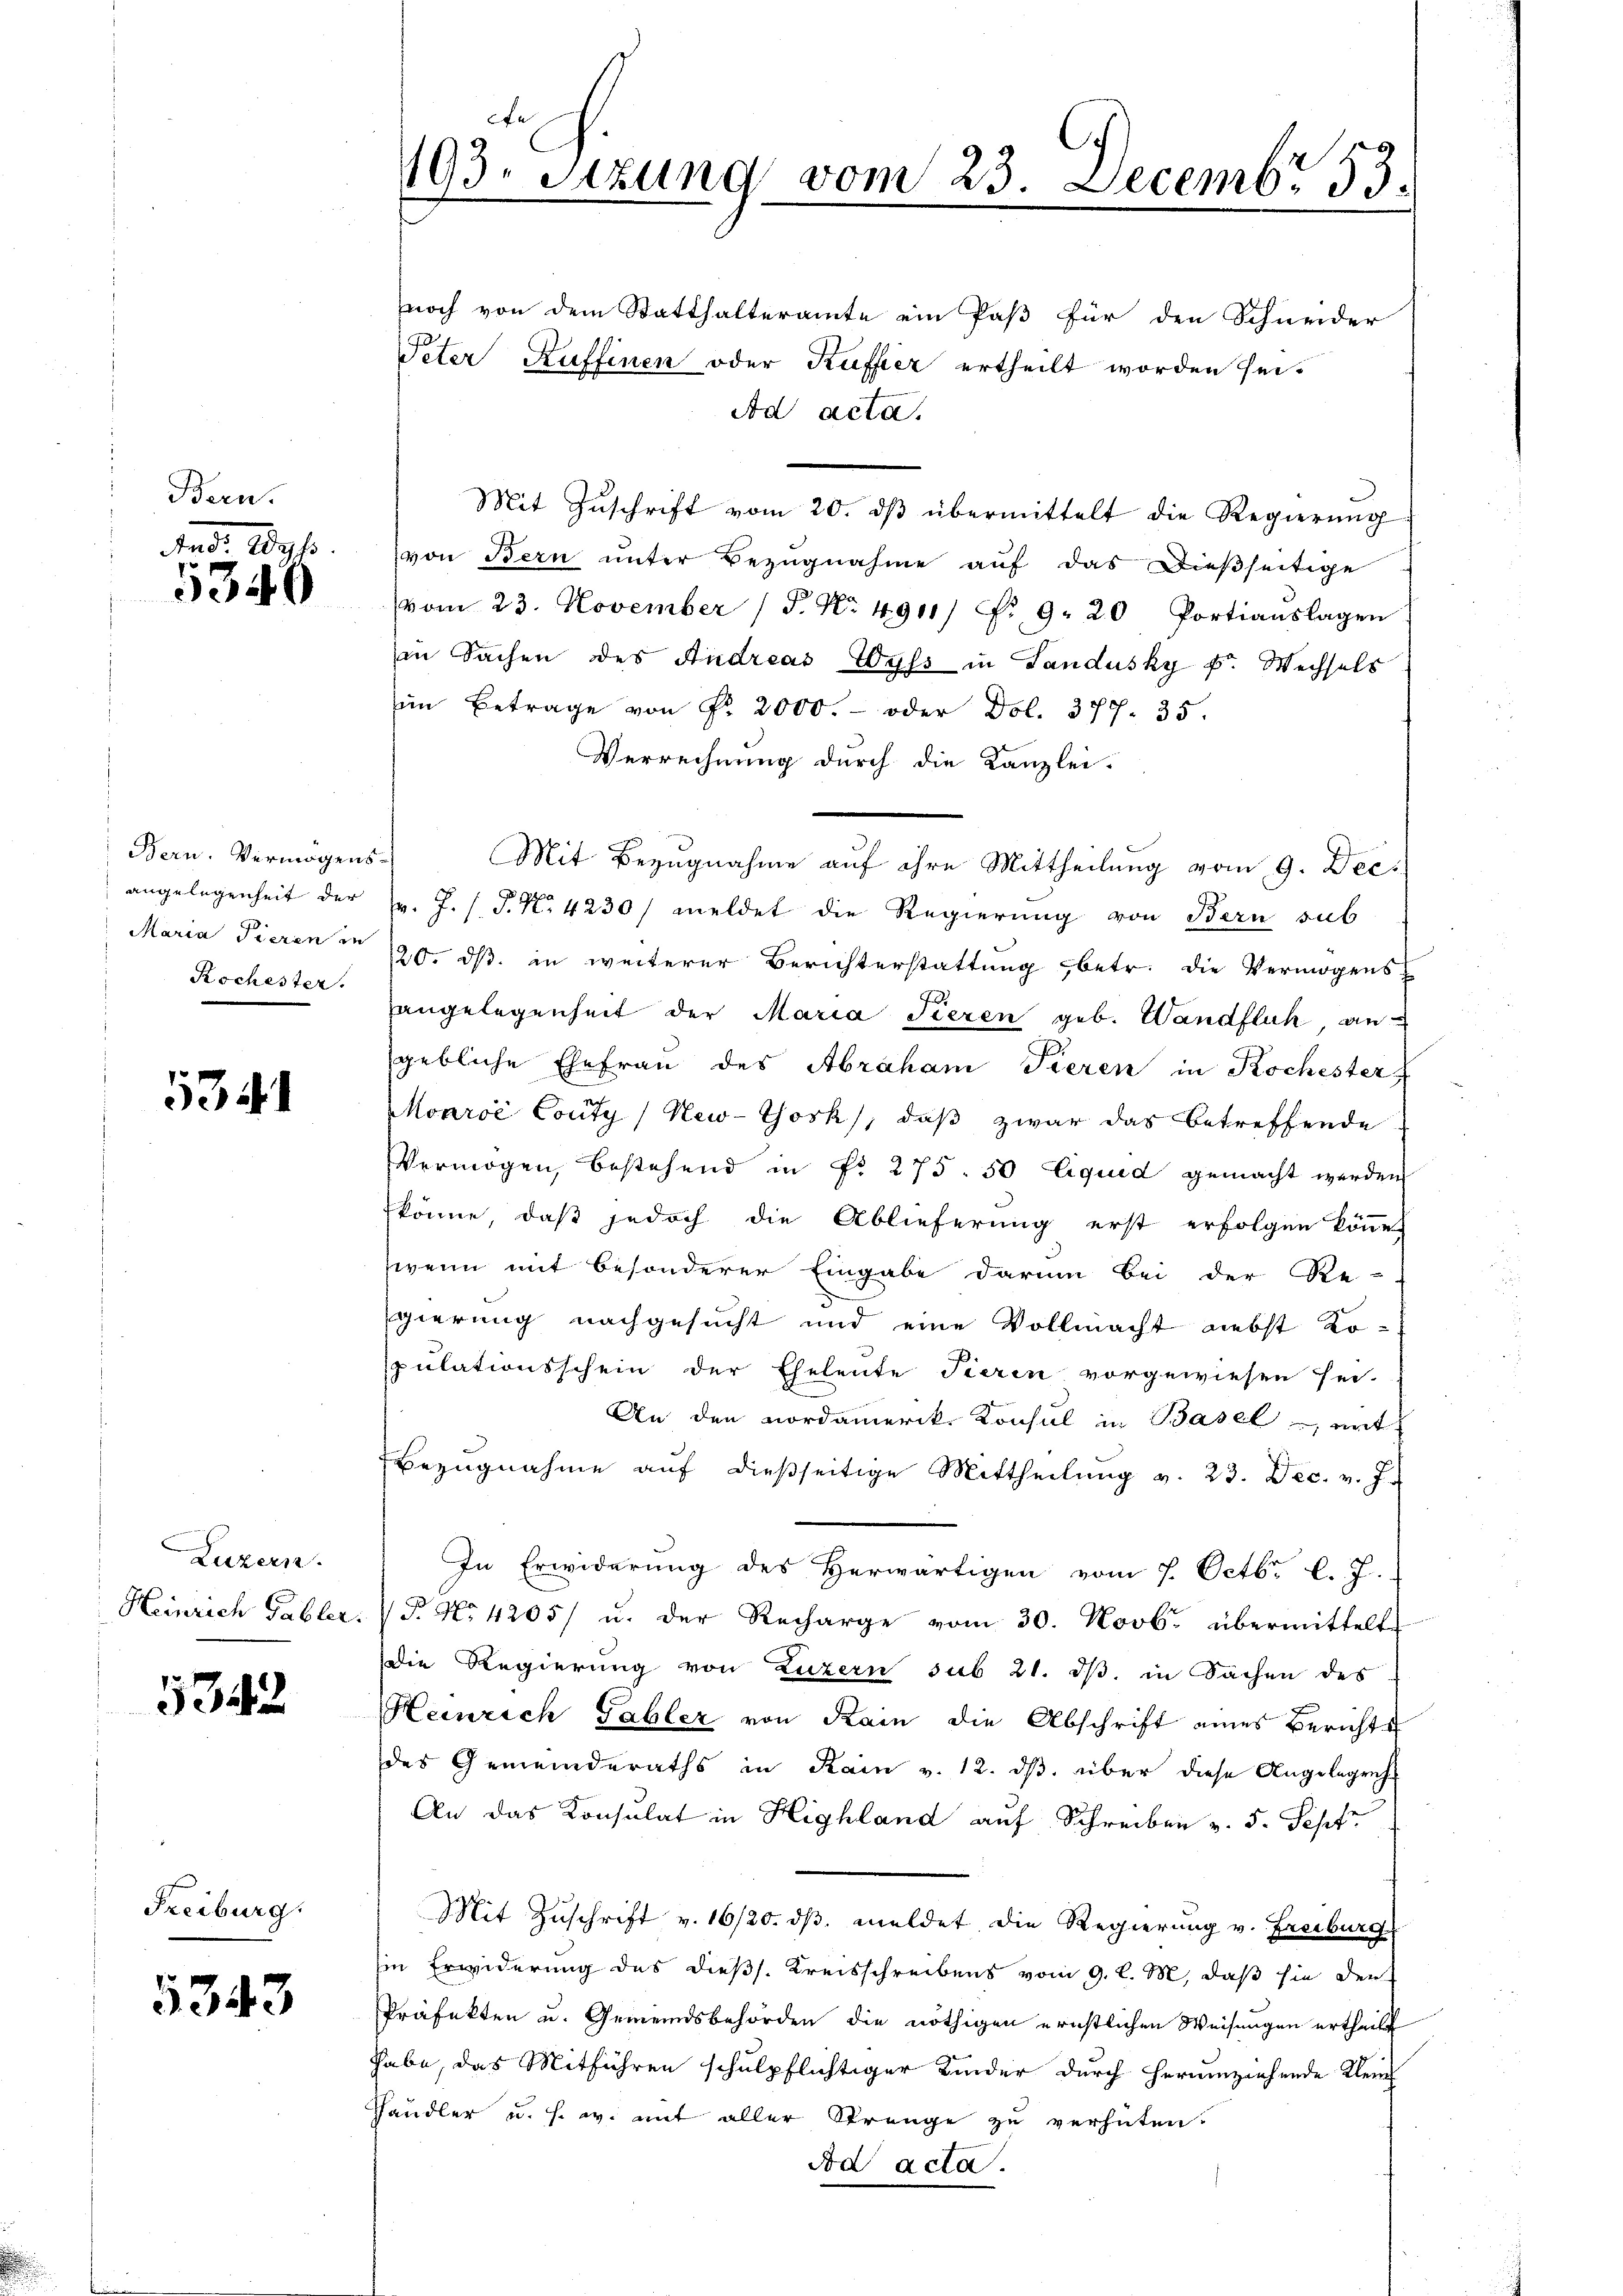
Bern.

ed. 100fr.
5340

Bern. Vermögens
Kochester.

5341

Luzern.
Heinrich Gabler.

1342

Freiburg.

5343

noch von dem Statthalteramte ein Paß für den Schneider
Peter Kuffinen oder Kuffer ertheilt worden sei¬
Ad acta.
Mit Zŭschrift vom 20. dβ übermittelt die Regierŭng
von Bern unter Bezugnahme auf das dießseitige
vom 23. November (S. Nr. 4911/ Nr. 9. 20 Portiauslagen
in Sachen des Andreas Wyss in Landusky k. Wechsels
im Betrage von Fr. 2000.- oder Dol. 377. 35
Verrechnung durch die Kanzlei-
Mit Bezugnahme auf ihre Mittheilung vom 9. Dec.
angelegenheit der v. J. P. Nr. 4230/ meldet die Regierung von Bern sub
Maria Tieren in 120. ds. in weiterer Berichterstattung betr. die Vermögens
angelegenheit der Maria Tieren geb. Wandflich an
gebliche Ehefrau des Abraham Tieren in Kochester
Monroć Couty (New-York, daß zwar das betreffende
Vermögen, bestehend in Nr. 275. 50 Liquid gemacht werden
könne, daß jedoch die Ablieferung erst erfolgen könne.
wenn mit besonderer Eingabe darum bei der Re-
gierung nachgesucht und eine Vollmacht nebst Ko-
pulationsschein der Eheleute Tieren vorgewiesen sei.
An den Nordamerik. Konsul in Basel mit
Bezŭgnahme aŭf dießseitige Mittheilung v. 23. Dec. v. J.
In Erwiderung des Herwärtigen vom 7. Octbr. l. J.
P No 4205/ u. der Recharge vom 30. Novb. übermittelt
Die Regierung von Luzern sub 21. ds. in Sachen des
Heinrich Gabler von Kain die Abschrift eines Berichts
des Gemeinderaths in Rain v. 12. ds. über diese Angelegenh
An das Konsulat in Highland auf Schreiben v. 5. Sept
Mit Zuschrift v. 16/20. dβ meldet die Regierung v. Freiburg
sin Erwiderung des dießs. Kreisschreibens vom 9. l. M, daß sie den
Präfekten u. Gemeindsbehörden die nöthigen ernstlichen Weisungen ertheilt
habe, das Mitführen schulpflichtiger Kinder durch herumziehende Klein
Händler u. s. w. mit aller Strenge zu verhüten.
Ad acta.

.
193. Stund vom 23. Decembr 53.